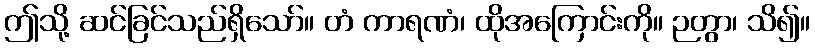
ဤသို့ ဆင်ခြင်သည်ရှိသော်။ တံ ကာရဏံ၊ ထိုအကြောင်းကို။ ဉတွာ၊ သိ၍။